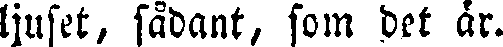
ljuset, sådant, som det är.